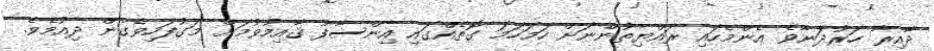
ދާއިރާ ހަރުދަނާވެ އެންމެހައި ރައްޔިތުންނަށް ހަމަހަމަ ގޮތެއްގައި އިންސާފު ޤާއިމުވުމަށް މަގުފަހިވެގެން ދިއުމެވެ.